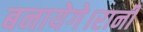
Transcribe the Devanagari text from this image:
बनायेगे।रानी